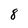
Character: 8